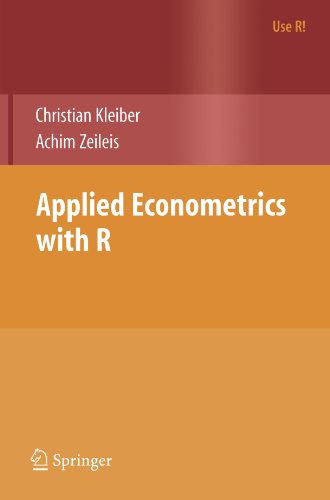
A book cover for Applied Econometrics with R (Use R!); Christian Kleiber; Science & Math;